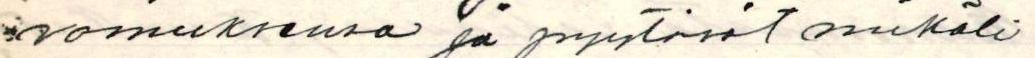
vomuksensa ja pyytävät mikäli